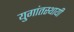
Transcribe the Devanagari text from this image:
युगांतस्थायी